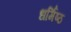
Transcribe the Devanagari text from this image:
धर्मिष्ठ